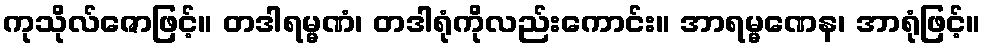
ကုသိုလ်ဇောဖြင့်။ တဒါရမ္မဏံ၊ တဒါရုံကိုလည်းကောင်း။ အာရမ္မဏေန၊ အာရုံဖြင့်။